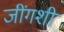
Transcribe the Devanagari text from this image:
जींगशी